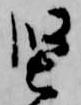
堅